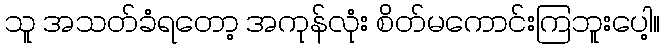
သူ အသတ်ခံရတော့ အကုန်လုံး စိတ်မကောင်းကြဘူးပေါ့။